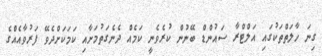
ގިނަ ހާލަތްތަކުގައި އަލްޓްރާ ސައުންޑް ބޭނުން ކުރެވެނީ ކަމެއް ދެނެގަތުމަށާއި ކަމަކަށްދެވޭ ފަރުވާއެއްގެ